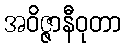
အဝိဇ္ဇာနီဝုတာ